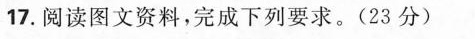
17.阅读图文资料，完成下列要求。(23分)